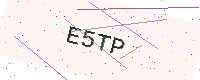
Text: E5TP